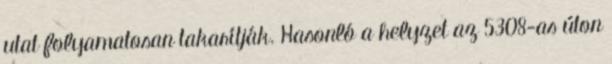
utat folyamatosan takarítják. Hasonló a helyzet az 5308-as úton